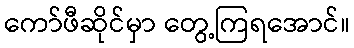
ကော်ဖီဆိုင်မှာ တွေ့ကြရအောင်။